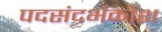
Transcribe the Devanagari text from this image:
पदसंदर्भकोश